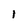
Character: I